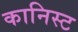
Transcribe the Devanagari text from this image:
कानिस्ट